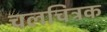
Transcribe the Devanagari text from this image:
चलचित्रक